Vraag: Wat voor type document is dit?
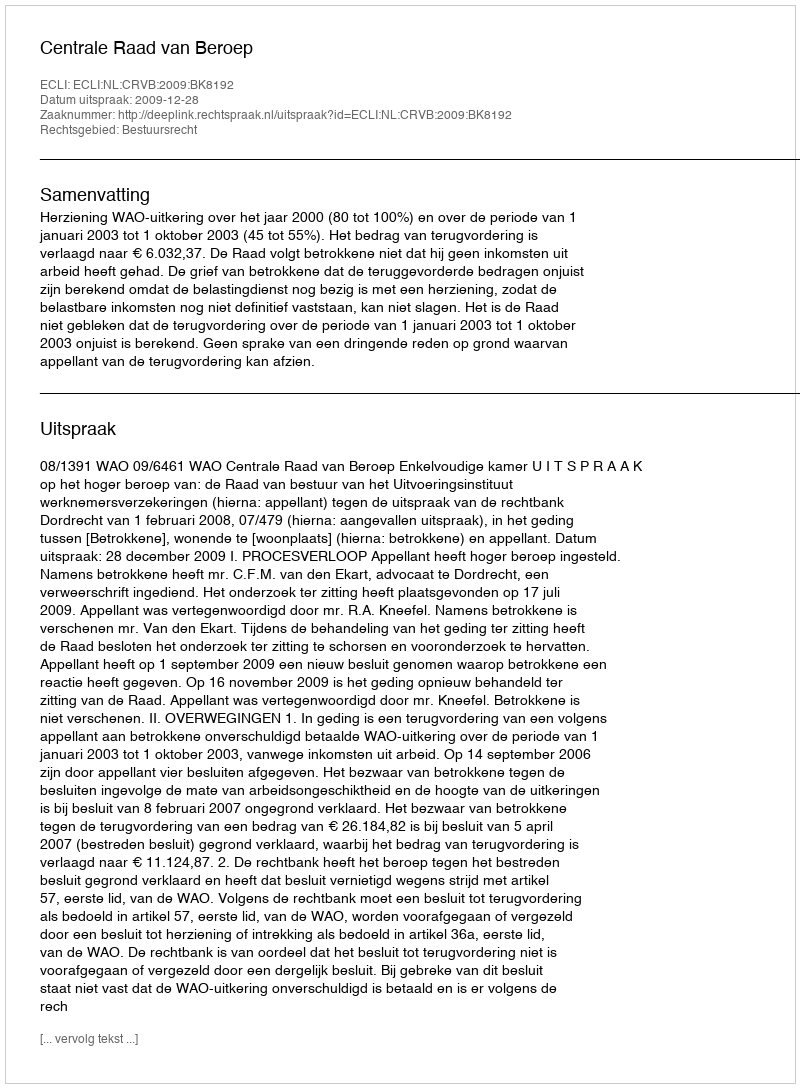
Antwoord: Uitspraak